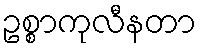
ဥစ္စာကုလီနတာ